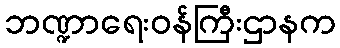
ဘဏ္ဍာရေးဝန်ကြီးဌာနက